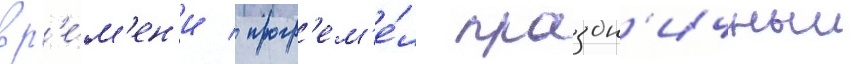
вр'е́м'ен'и / прогр'ем'е́л праздн'ичныи